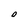
Character: O